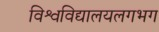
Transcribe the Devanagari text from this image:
विश्वविद्यालयलगभग